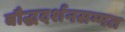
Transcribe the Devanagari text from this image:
बौद्धदर्शनसम्मत